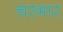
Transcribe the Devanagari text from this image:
चरभार